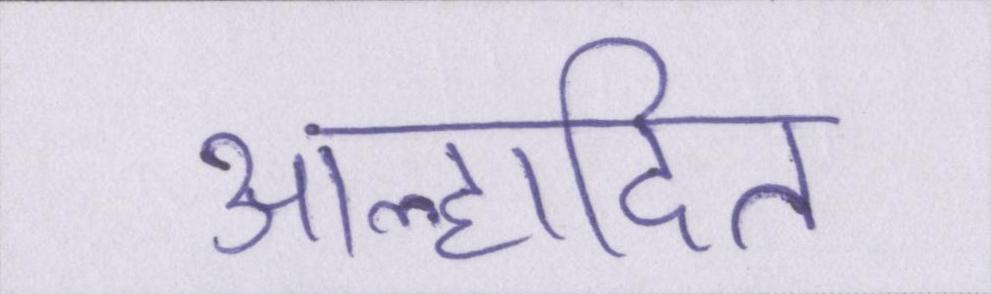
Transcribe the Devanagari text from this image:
आह्लादित